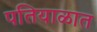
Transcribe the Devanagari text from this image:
पतियाळात